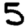
Digit: 5